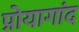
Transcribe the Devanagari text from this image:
प्रोयागांद